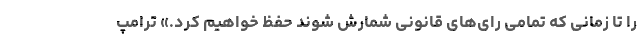
را تا زمانی که تمامی رای‌های قانونی شمارش شوند حفظ خواهیم کرد.» ترامپ